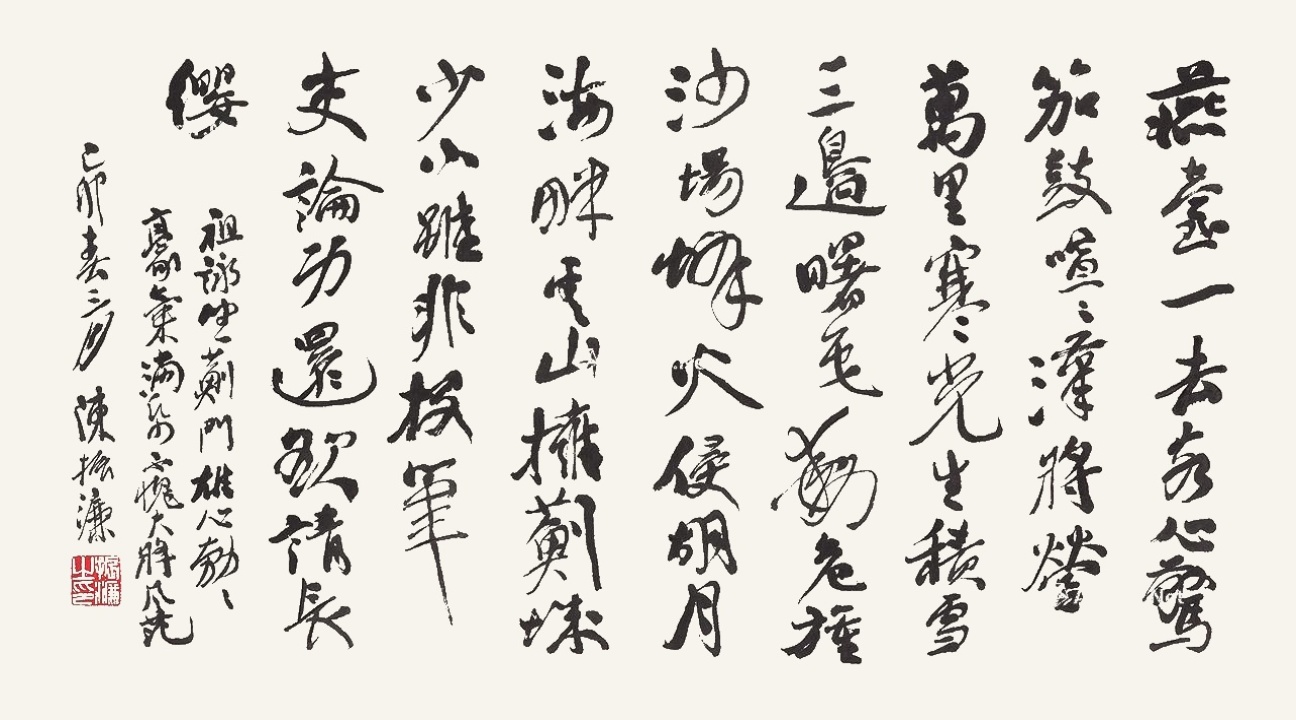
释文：燕台一去客心惊，笳鼓喧喧汉将营。万里寒光生积雪，三边曙色动危旌。沙场烽火连胡月，海畔云山拥蓟城。少小虽非投笔吏，论功还欲请长缨。祖咏《望蓟门》，雄心勃勃，豪气满满，不愧大将风范，己卯春三月，陈振濂